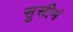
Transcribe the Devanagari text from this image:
सुसीमं